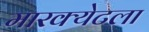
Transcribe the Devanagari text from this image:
मारक्येटला